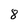
Character: 8